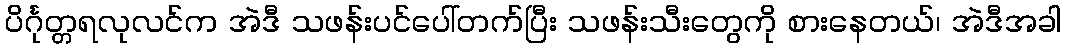
ပိင်္ဂုတ္တရလုလင်က အဲဒီ သဖန်းပင်ပေါ်တက်ပြီး သဖန်းသီးတွေကို စားနေတယ်၊ အဲဒီအခါ